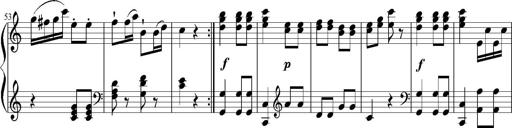
Title: 12 Sonatinas for Piano
Composer: Johann Baptist Vanhal